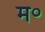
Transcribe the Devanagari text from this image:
म॰